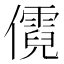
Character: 𪝷